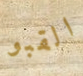
القبو